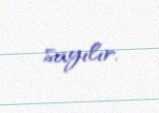
sayılır.